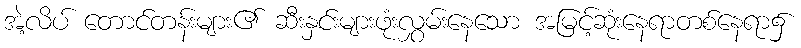
အဲ့လိပ် တောင်တန်းများ၏ ဆီးနှင်းများဖုံးလွှမ်းနေသော အမြင့်ဆုံးနေရာတစ်နေရာ၌